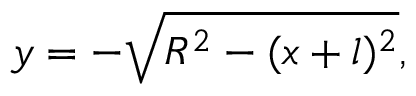
y = - \sqrt { R ^ { 2 } - ( x + l ) ^ { 2 } } ,